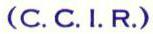
(C.C.I.R.)